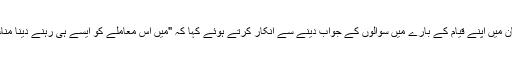
انھوں نے پاکستان میں اپنے قیام کے بارے میں سوالوں کے جواب دینے سے انکار کرتے ہوئے کہا کہ "میں اس معاملے کو ایسے ہی رہنے دینا مناسب سمجھوں گا۔